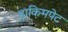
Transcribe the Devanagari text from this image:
हाकिमपेट